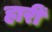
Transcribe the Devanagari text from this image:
हारीं